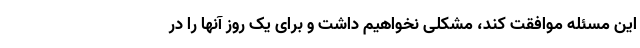
این مسئله موافقت کند، مشکلی نخواهیم داشت و برای یک روز آنها را در